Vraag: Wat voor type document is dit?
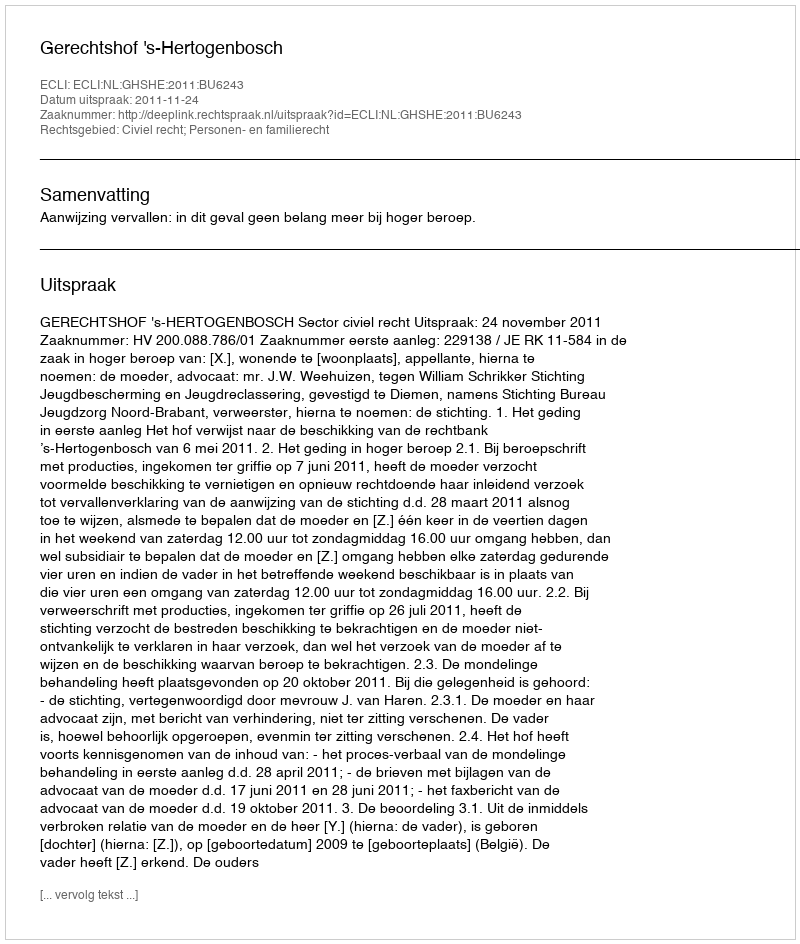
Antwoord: Uitspraak